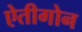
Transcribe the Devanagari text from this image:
ऐतीगोन